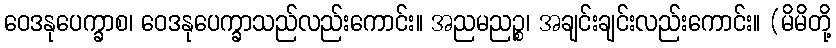
ဝေဒနုပေက္ခာစ၊ ဝေဒနုပေက္ခာသည်လည်းကောင်း။ အညမညဉ္စ၊ အချင်းချင်းလည်းကောင်း။ (မိမိတို့